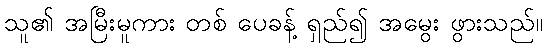
သူ၏ အမြီးမူကား တစ် ပေခန့် ရှည်၍ အမွေး ဖွားသည်။